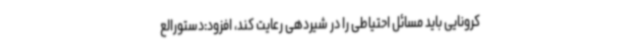
کرونایی باید مسائل احتیاطی را در شیردهی رعایت کند، افزود:دستورالع